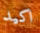
اكيد